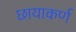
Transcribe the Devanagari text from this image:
छायाकर्ण